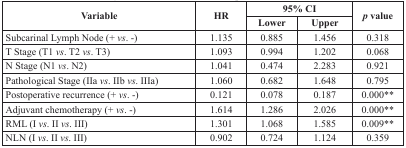
| <ROWSPAN=2> Variable | <ROWSPAN=2> HR | <COLSPAN=2> 95% CI | <ROWSPAN=2> p value |
 | Lower | Upper |
 | --- | --- | --- | --- | --- |
 | Subcarinal Lymph Node (+ vs. -) | 1.135 | 0.885 | 1.456 | 0.318 |
 | T Stage (T1 vs. T2 vs. T3) | 1.093 | 0.994 | 1.202 | 0.068 |
 | N Stage (N1 vs. N2) | 1.041 | 0.474 | 2.283 | 0.921 |
 | Pathological Stage (IIa vs. IIb vs. IIIa) | 1.060 | 0.682 | 1.648 | 0.795 |
 | Postoperative recurrence (+ vs. -) | 0.121 | 0.078 | 0.187 | 0.000** |
 | Adjuvant chemotherapy (+ vs. -) | 1.614 | 1.286 | 2.026 | 0.000** |
 | RML (I vs. II vs. III) | 1.301 | 1.068 | 1.585 | 0.009** |
 | NLN (I vs. II vs. III) | 0.902 | 0.724 | 1.124 | 0.359 |